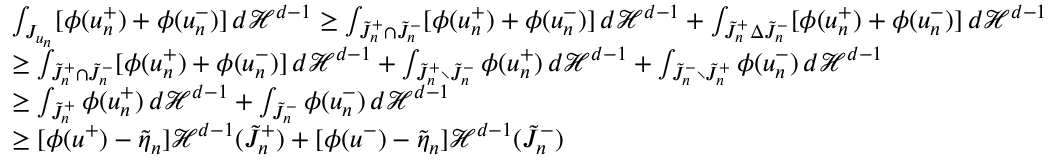
\begin{array} { r l } & { \int _ { J _ { u _ { n } } } [ \phi ( u _ { n } ^ { + } ) + \phi ( u _ { n } ^ { - } ) ] \, d { \mathcal { H } } ^ { d - 1 } \geq \int _ { \tilde { J } _ { n } ^ { + } \cap \tilde { J } _ { n } ^ { - } } [ \phi ( u _ { n } ^ { + } ) + \phi ( u _ { n } ^ { - } ) ] \, d { \mathcal { H } } ^ { d - 1 } + \int _ { \tilde { J } _ { n } ^ { + } \Delta \tilde { J } _ { n } ^ { - } } [ \phi ( u _ { n } ^ { + } ) + \phi ( u _ { n } ^ { - } ) ] \, d { \mathcal { H } } ^ { d - 1 } } \\ & { \geq \int _ { \tilde { J } _ { n } ^ { + } \cap \tilde { J } _ { n } ^ { - } } [ \phi ( u _ { n } ^ { + } ) + \phi ( u _ { n } ^ { - } ) ] \, d { \mathcal { H } } ^ { d - 1 } + \int _ { \tilde { J } _ { n } ^ { + } \setminus \tilde { J } _ { n } ^ { - } } \phi ( u _ { n } ^ { + } ) \, d { \mathcal { H } } ^ { d - 1 } + \int _ { \tilde { J } _ { n } ^ { - } \setminus \tilde { J } _ { n } ^ { + } } \phi ( u _ { n } ^ { - } ) \, d { \mathcal { H } } ^ { d - 1 } } \\ & { \geq \int _ { \tilde { J } _ { n } ^ { + } } \phi ( u _ { n } ^ { + } ) \, d { \mathcal { H } } ^ { d - 1 } + \int _ { \tilde { J } _ { n } ^ { - } } \phi ( u _ { n } ^ { - } ) \, d { \mathcal { H } } ^ { d - 1 } } \\ & { \geq [ \phi ( u ^ { + } ) - \tilde { \eta } _ { n } ] { \mathcal { H } } ^ { d - 1 } ( \tilde { J } _ { n } ^ { + } ) + [ \phi ( u ^ { - } ) - \tilde { \eta } _ { n } ] { \mathcal { H } } ^ { d - 1 } ( \tilde { J } _ { n } ^ { - } ) } \end{array}